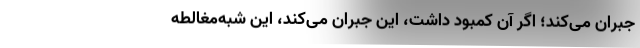
جبران می‌کند؛ اگر آن کمبود داشت، این جبران می‌کند، این شبه‌مغالطه